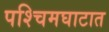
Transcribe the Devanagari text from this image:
पश्चिमघाटात